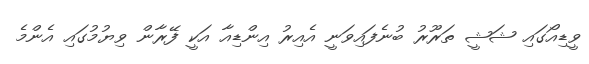
ވީޑިއޯގައި ޝަޝީ ތަރޫރު ބުނެފައިވަނީ އެއިރު އިންޑިއާ އަކީ ފޭރާން ވިޔުމުގައި އެންމެ